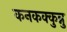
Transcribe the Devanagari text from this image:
कनकक्कुन्नु